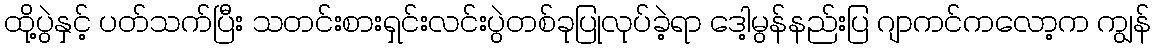
ထို့ပွဲနှင့် ပတ်သက်ပြီး သတင်းစားရှင်းလင်းပွဲတစ်ခုပြုလုပ်ခဲ့ရာ ဒေါ့မွန်နည်းပြ ဂျာကင်ကလော့က ကျွန်